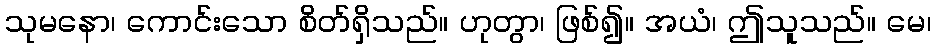
သုမနော၊ ကောင်းသော စိတ်ရှိသည်။ ဟုတွာ၊ ဖြစ်၍။ အယံ၊ ဤသူသည်။ မေ၊